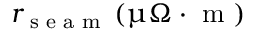
r _ { \textrm { s e a m } } \, ( \upmu \Omega \cdot \textrm { m } )